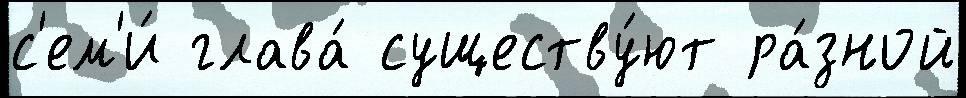
с'ем'и́ глава́ существу́ют ра́зной